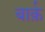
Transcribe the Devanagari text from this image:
बार्क़